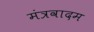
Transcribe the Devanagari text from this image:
मंत्रवादम